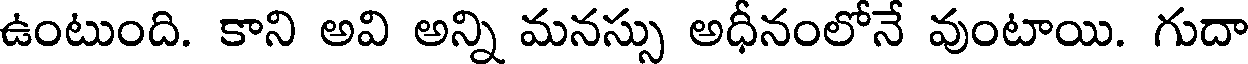
ఉంటుంది. కాని అవి అన్ని మనస్సు అధీనంలోనే వుంటాయి. గుదా